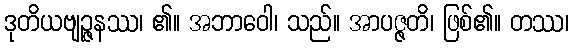
ဒုတိယဗျဉ္ဇနဿ၊ ၏။ အဘာဝေါ၊ သည်။ အာပဇ္ဇတိ၊ ဖြစ်၏။ တဿ၊